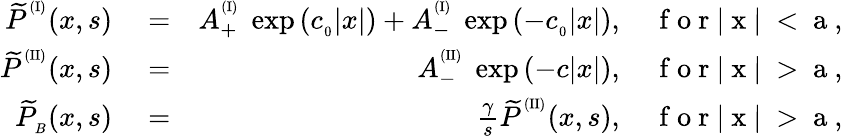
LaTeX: \begin{array}{rlr}{{\widetilde P}^{^{(\mathrm{I})}}(x,s)}&{{}=}&{A_{+}^{^{(\mathrm{I})}}\ \exp{\left(c_{_0}|x|\right)}+A_{-}^{^{(\mathrm{I})}}\ \exp{\left(-c_{_0}|x|\right)},\quad\mathrm{~f~o~r~|~x~|~<~a~},}\\ {{\widetilde P}^{^{(\mathrm{II})}}(x,s)}&{{}=}&{A_{-}^{^{(\mathrm{II})}}\ \exp{\left(-c|x|\right)},\quad\mathrm{~f~o~r~|~x~|~>~a~},}\\ {{\widetilde P}_{_B}(x,s)}&{{}=}&{\frac{\gamma}{s}{\widetilde P}^{^{(\mathrm{II})}}(x,s),\quad\mathrm{~f~o~r~|~x~|~>~a~},}\end{array}